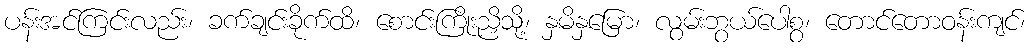
ပန်းအင်ကြင်းလည်း၊ ခက်ချင်းခိုက်ထိ၊ စောင်းကြိုးညှိသို့၊ နှမိနှမြော၊ လွမ်းဘွယ်ပေါစွ၊ တောင်တောဝန်းကျင်၊